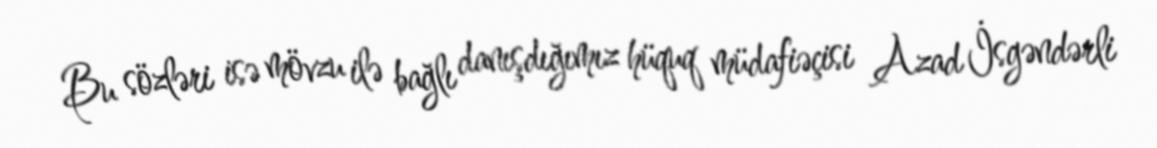
Bu sözləri isə mövzu ilə bağlı danışdığımız hüquq müdafiəçisi Azad İsgəndərli